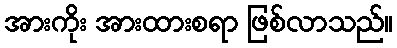
အားကိုး အားထားစရာ ဖြစ်လာသည်။